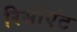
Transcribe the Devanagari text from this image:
रिसीएंट